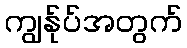
ကျွန်ုပ်အတွက်